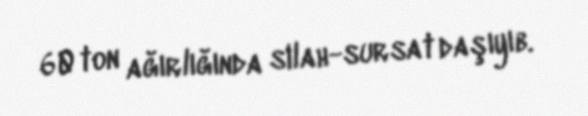
60 ton ağırlığında silah-sursat daşıyıb.